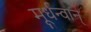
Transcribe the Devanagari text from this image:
मूर्धन्वान्